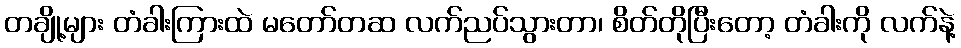
တချို့များ တံခါးကြားထဲ မတော်တဆ လက်ညပ်သွားတာ၊ စိတ်တိုပြီးတော့ တံခါးကို လက်နဲ့